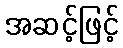
အဆင့်ဖြင့်